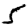
Digit: 5